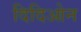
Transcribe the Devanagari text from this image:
दिदिओन